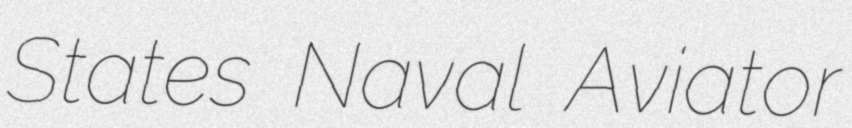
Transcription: States Naval Aviator